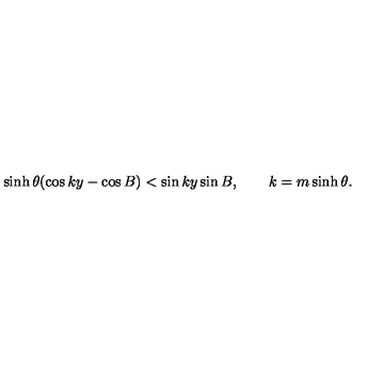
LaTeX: \sinh \theta ( \cos k y - \cos B ) < \sin k y \sin B , \qquad k = m \sinh \theta .